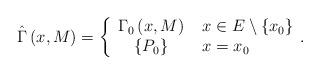
LaTeX: \begin{align*}\hat{\Gamma}\left( x,M\right) =\left\{ \begin{array}{c}\Gamma _{0}\left( x,M\right) \\ \left\{ P_{0}\right\} \end{array}\right. \begin{array}{l}x\in E\setminus \left\{ x_{0}\right\} \\ x=x_{0}\end{array}.\end{align*}